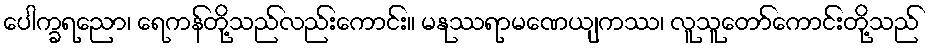
ပေါက္ခရညော၊ ရေကန်တို့သည်လည်းကောင်း။ မနုဿရာမဏေယျကဿ၊ လူသူတော်ကောင်းတို့သည်